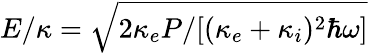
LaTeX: E/\kappa=\sqrt{2\kappa_{e}P/[(\kappa_{e}+\kappa_{i})^{2}\hbar\omega]}